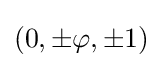
(0,\pm \varphi ,\pm 1)